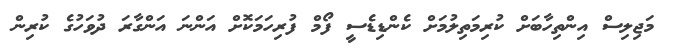
މަޖިލިސް އިންތިހާބަށް ކުރިމަތިލުމަށް ކެންޑިޑެސީ ފޯމް ފުރިހަމަކޮށް އަންނަ އަންގާރަ ދުވަހުގެ ކުރިން